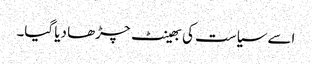
اسے سیاست کی بھینٹ چڑھا دیا گیا۔